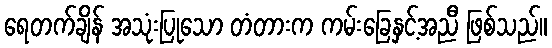
ရေတက်ချိန် အသုံးပြုသော တံတားက ကမ်းခြေနှင့်အညီ ဖြစ်သည်။